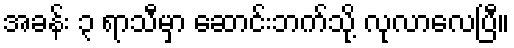
အခန်း ၃ ရာသီမှာ ဆောင်းဘက်သို့ လုလာလေပြီ။